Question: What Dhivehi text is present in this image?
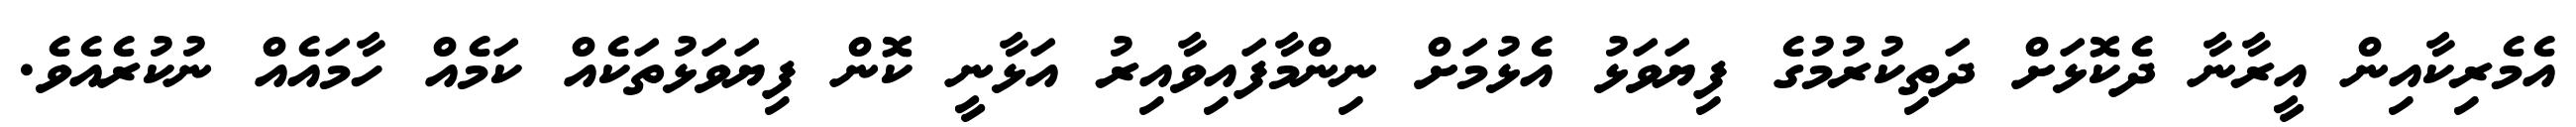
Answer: އެމެރިކާއިން އީރާނާ ދެކޮޅަށް ދަތިކުރުމުގެ ފިޔަވަޅު އެޅުމަށް ނިންމާފައިވާއިރު އަޅާނީ ކޮން ފިޔަވަޅުތަކެއް ކަމެއް ހާމައެއް ނުކުރެއެވެ.